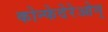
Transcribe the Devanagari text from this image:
कोन्फेदेरेओन्